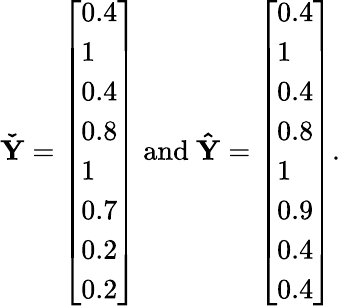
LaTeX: \mathbf{\check{Y}}=\left[\begin{array}{l}{0.4}\\ {1}\\ {0.4}\\ {0.8}\\ {1}\\ {0.7}\\ {0.2}\\ {0.2}\end{array}\right]\mathrm{~and~}\mathbf{\hat{Y}}=\left[\begin{array}{l}{0.4}\\ {1}\\ {0.4}\\ {0.8}\\ {1}\\ {0.9}\\ {0.4}\\ {0.4}\end{array}\right].